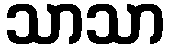
သာသာ